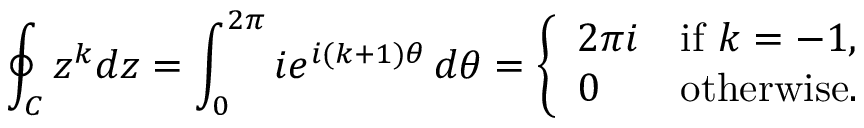
\oint _ { C } z ^ { k } d z = \int _ { 0 } ^ { 2 \pi } i e ^ { i ( k + 1 ) \theta } \, d \theta = { \left\{ \begin{array} { l l } { 2 \pi i } & { { \mathrm { i f ~ } } k = - 1 , } \\ { 0 } & { { \mathrm { o t h e r w i s e } } . } \end{array} \right. }